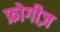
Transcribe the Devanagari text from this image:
फ्रोगीज़